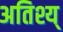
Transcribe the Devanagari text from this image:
अतिश्य्